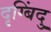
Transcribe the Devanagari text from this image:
दृग्बिंदु